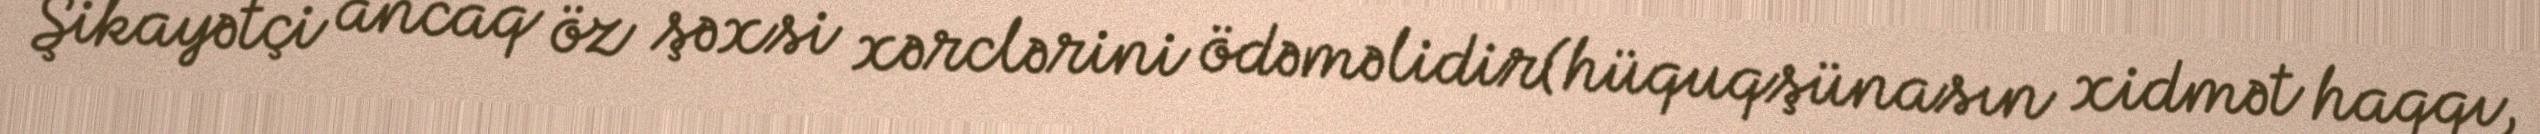
Şikayətçi ancaq öz şəxsi xərclərini ödəməlidir(hüquqşünasın xidmət haqqı,